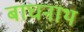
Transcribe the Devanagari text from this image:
बाघनाथ